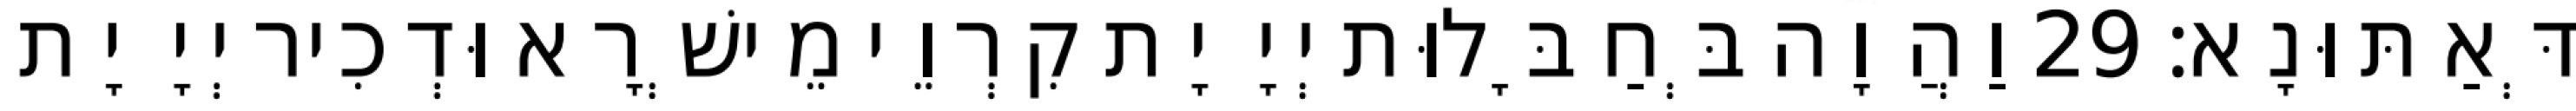
דְּאַתּוּנָא׃ 29 וַהֲוָה בְּחַבָּלוּת יְיָ יָת קִרְוֵי מֵישְׁרָא וּדְכִיר יְיָ יָת